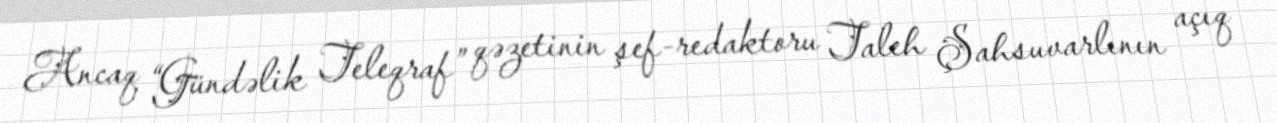
Ancaq “Gündəlik Teleqraf” qəzetinin şef-redaktoru Taleh Şahsuvarlının açıq